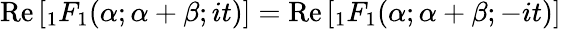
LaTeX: {\textrm{Re}}\left[{}_{1}F_{1}(\alpha;\alpha+\beta;it)\right]={\textrm{Re}}\left[{}_{1}F_{1}(\alpha;\alpha+\beta;-it)\right]